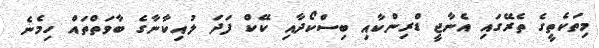
މިތަކެތީގެ ތެރޭގައި އެނާޖީ ޑްރިންކާއި ބިސްކޯދާއި ކޭކް ފަދަ ލުއިކާނާގެ ބާވަތްތައް ހިމެނެ